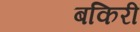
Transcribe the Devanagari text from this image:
बकिरी